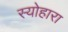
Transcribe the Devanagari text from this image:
स्योहारा